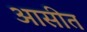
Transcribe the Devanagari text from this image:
आसीत